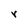
Character: r